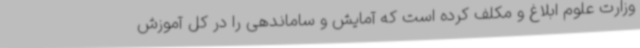
وزارت علوم ابلاغ و مکلف کرده است که آمایش و ساماندهی را در کل آموزش